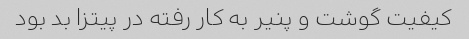
کیفیت گوشت و پنیر به کار رفته در پیتزا بد بود